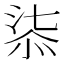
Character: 𣶾